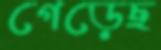
গেড়েছ